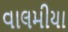
વાલમીયા